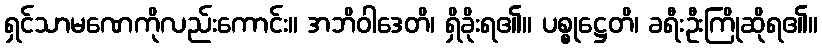
ရှင်သာမဏေကိုလည်းကောင်း။ အဘိဝါဒေတိ၊ ရှိခိုးရ၏။ ပစ္စုဋ္ဌေတိ၊ ခရီးဦးကြိုဆိုရ၏။